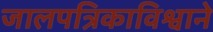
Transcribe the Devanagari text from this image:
जालपत्रिकाविश्वाने